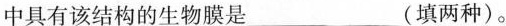
中具有该结构的生物膜是___(填两种)。